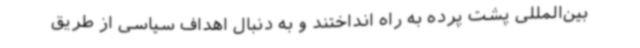
بین‌المللی پشت پرده به راه انداختند و به دنبال اهداف سیاسی از طریق